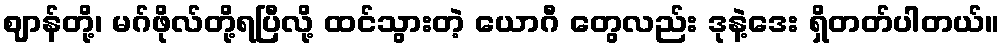
ဈာန်တို့၊ မဂ်ဖိုလ်တို့ရပြီလို့ ထင်သွားတဲ့ ယောဂီ တွေလည်း ဒုနဲ့ဒေး ရှိတတ်ပါတယ်။